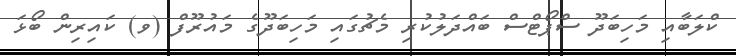
ކްލަބާއި މަހިބަދޫ ސްޕޯޓްސް ބައްދަލުކުރި މެޗުގައި މަހިބަދޫގެ މައުރޫފް (ވ) ކައިރިން ބޯޅަ